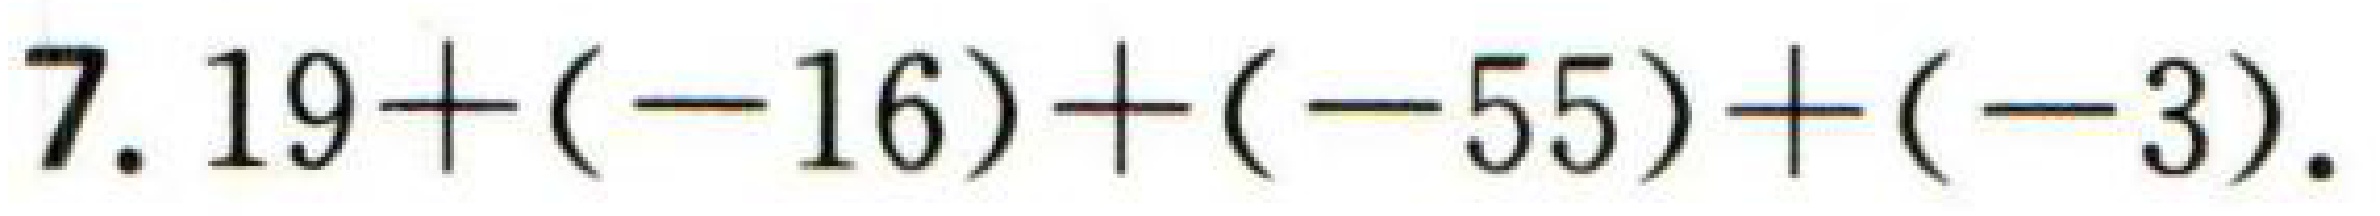
$7.19+(-16)+(-55)+(-3).$